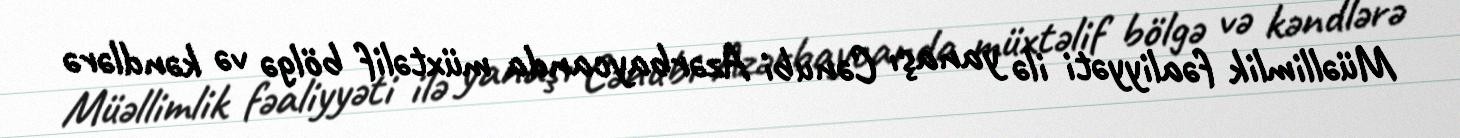
Müəllimlik fəaliyyəti ilə yanaşı Cənubi Azərbaycanda müxtəlif bölgə və kəndlərə